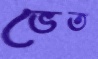
ভেত